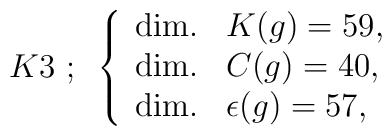
K3~;~ \left \{\begin{array}{ll @{\,}} {\rm  dim.} &  K(g) =59,       \\{\rm  dim.} & C(g) =40,   \\{\rm  dim.}  & \epsilon(g)  =57,\end{array}\right.